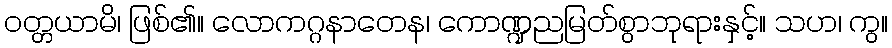
ဝတ္တယာမိ၊ ဖြစ်၏။ လောကဂ္ဂနာတေန၊ ကောဏ္ဍညမြတ်စွာဘုရားနှင့်။ သဟ၊ ကွ။